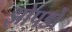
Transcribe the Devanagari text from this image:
झोपडों